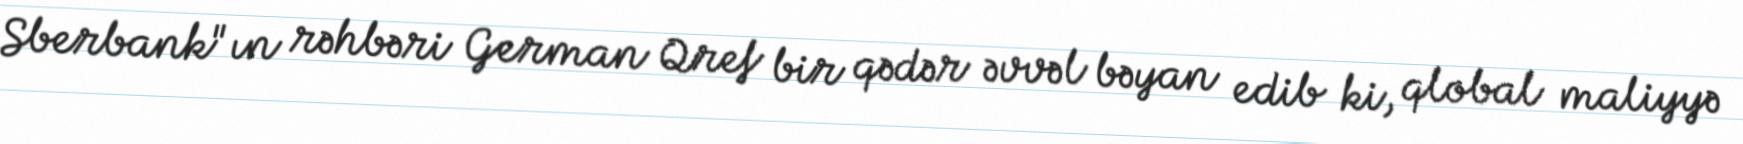
Sberbank"ın rəhbəri German Qref bir qədər əvvəl bəyan edib ki, qlobal maliyyə